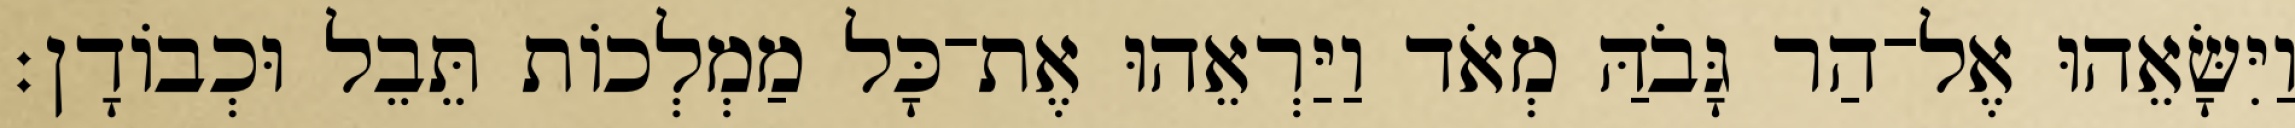
וַיִּשָּׂאֵהוּ אֶל־הַר גָּבֹהַּ מְאֹד וַיַּרְאֵהוּ אֶת־כָּל מַמְלְכוֹת תֵּבֵל וּכְבוֹדָן׃